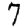
Digit: 7